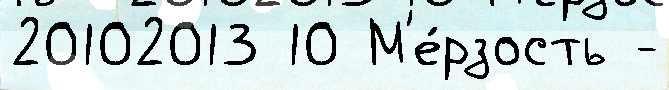
20102013 10 М'е́рзость -